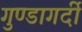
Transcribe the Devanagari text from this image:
गुण्डागर्दी